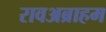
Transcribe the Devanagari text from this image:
रावअब्राहम